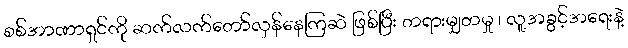
စစ်အာဏာရှင်ကို ဆက်လက်တော်လှန်နေကြဆဲ ဖြစ်ပြီး တရားမျှတမှု ၊ လူ့အခွင့်အရေးနဲ့